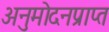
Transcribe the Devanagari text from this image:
अनुमोदनप्राप्त